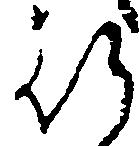
行